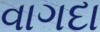
વાગદા